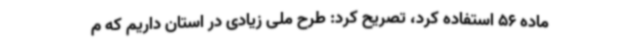
ماده 56 استفاده کرد، تصریح کرد: طرح ملی زیادی در استان داریم که م